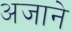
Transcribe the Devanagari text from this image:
अजाने